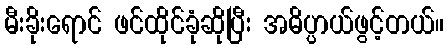
မီးခိုးရောင် ဖင်ထိုင်ခုံဆိုပြီး အဓိပ္ပာယ်ဖွင့်တယ်။